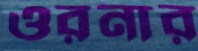
ওরনার